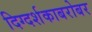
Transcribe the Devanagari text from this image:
दिग्दर्शकाबरोबर